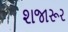
શજારૂર